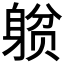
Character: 𲄥